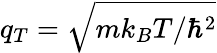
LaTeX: q_{T}=\sqrt{mk_{B}T/\hbar^{2}}